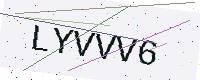
Text: LYVVV6